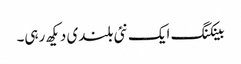
بینکنگ ایک نئی بلندی دیکھ رہی۔